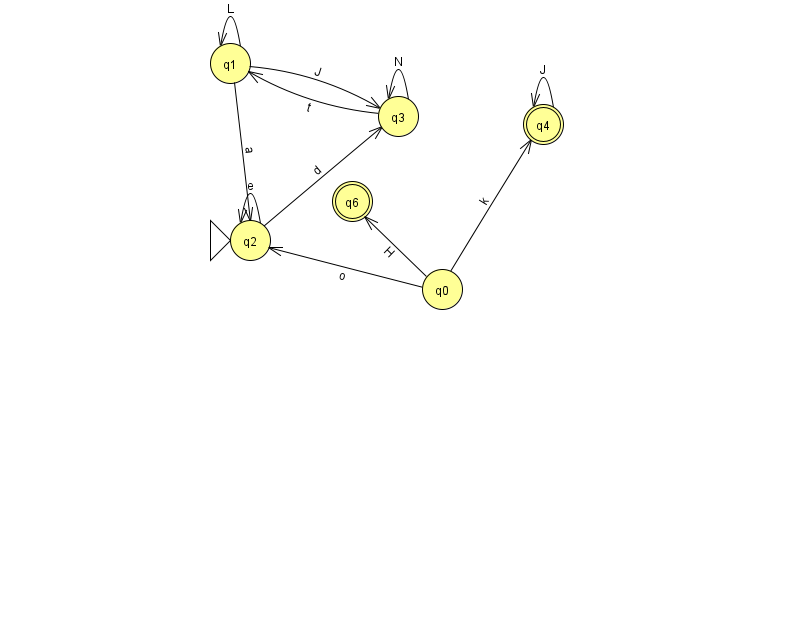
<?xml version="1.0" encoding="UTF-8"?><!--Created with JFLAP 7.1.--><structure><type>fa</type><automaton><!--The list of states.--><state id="0" name="q0"><x>442.0</x><y>276.0</y></state><state id="1" name="q1"><x>230.0</x><y>50.0</y></state><state id="2" name="q2"><x>250.0</x><y>227.0</y><initial/></state><state id="3" name="q3"><x>398.0</x><y>103.0</y></state><state id="4" name="q4"><x>543.0</x><y>111.0</y><final/></state><state id="6" name="q6"><x>352.0</x><y>188.0</y><final/></state><!--The list of transitions.--><transition><from>1</from><to>3</to><read>J</read></transition><transition><from>2</from><to>3</to><read>d</read></transition><transition><from>2</from><to>2</to><read>e</read></transition><transition><from>0</from><to>4</to><read>k</read></transition><transition><from>0</from><to>2</to><read>o</read></transition><transition><from>4</from><to>4</to><read>J</read></transition><transition><from>1</from><to>1</to><read>L</read></transition><transition><from>3</from><to>1</to><read>t</read></transition><transition><from>0</from><to>6</to><read>H</read></transition><transition><from>3</from><to>3</to><read>N</read></transition><transition><from>1</from><to>2</to><read>a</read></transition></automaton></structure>